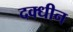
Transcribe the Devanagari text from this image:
दक्धीन